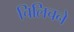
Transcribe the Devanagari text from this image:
चिलिचने